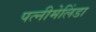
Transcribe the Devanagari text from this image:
पत्नीमेलिंडा